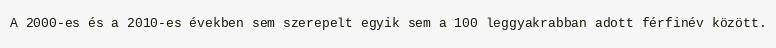
A 2000-es és a 2010-es években sem szerepelt egyik sem a 100 leggyakrabban adott férfinév között.